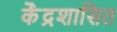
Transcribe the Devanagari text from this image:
के॓द्रशासित